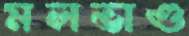
মলভাণ্ড